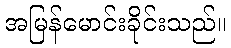
အမြန်မောင်းခိုင်းသည်။